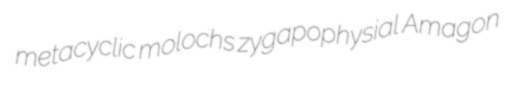
metacyclic molochs zygapophysial Amagon